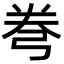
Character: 弮